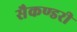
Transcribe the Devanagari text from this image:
सैकण्‍डरी